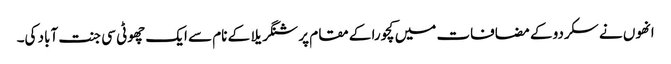
انھوں نے سکردو کے مضافات میں کچورا کے مقام پر شنگریلا کے نام سے ایک چھوٹی سی جنت آباد کی۔